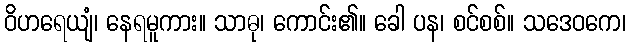
ဝိဟရေယျံ၊ နေရမူကား။ သာဓု၊ ကောင်း၏။ ခေါ ပန၊ စင်စစ်။ သဒေဝကေ၊